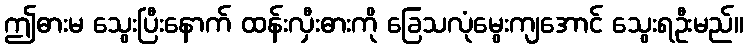
ဤဓားမ သွေးပြီးနောက် ထန်းလှီးဓားကို ခြေသလုံမွေးကျအောင် သွေးရဦးမည်။